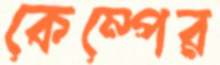
কেম্পের